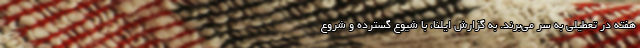
هفته در تعطیلی به سر می‌برند. به گزارش ایلنا، با شیوع گسترده و شروع